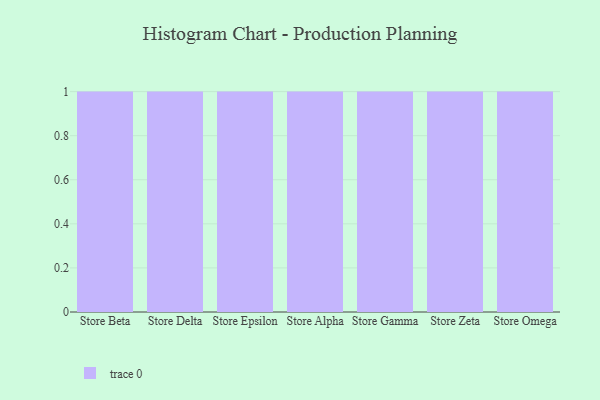
{"axis": {"x": "Store", "y": "Latency (ms)"}, "legend": [""], "data": [{"x": "Store Beta", "y": 100, "type": ""}, {"x": "Store Delta", "y": 27, "type": ""}, {"x": "Store Epsilon", "y": 10, "type": ""}, {"x": "Store Alpha", "y": 50, "type": ""}, {"x": "Store Gamma", "y": 13, "type": ""}, {"x": "Store Zeta", "y": 36, "type": ""}, {"x": "Store Omega", "y": 3, "type": ""}]}